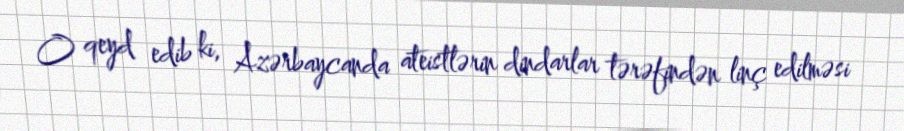
O qeyd edib ki, Azərbaycanda ateistlərin dindarlar tərəfindən linç edilməsi